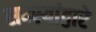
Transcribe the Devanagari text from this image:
सदस्यांद्वारे